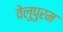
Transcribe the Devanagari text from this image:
वेलुपुरम